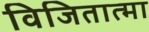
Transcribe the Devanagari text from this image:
विजितात्मा